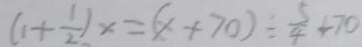
( 1 + \frac { 1 } { 2 } ) x = ( x + 7 0 ) \div \frac { 5 } { 4 } + 7 0